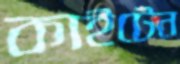
কাইটেন